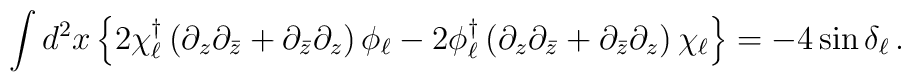
\int d^2x \left\{2\chi_{\ell}^{\dagger}\left(\partial_z\partial_{\bar{z}}+\partial_{\bar{z}}\partial_z\right)\phi_{\ell}-2\phi_{\ell}^{\dagger}\left(\partial_z\partial_{\bar{z}}+\partial_{\bar{z}}\partial_z\right)\chi_{\ell}\right\}=-4\sin\delta_{\ell}\, .